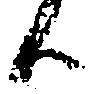
候